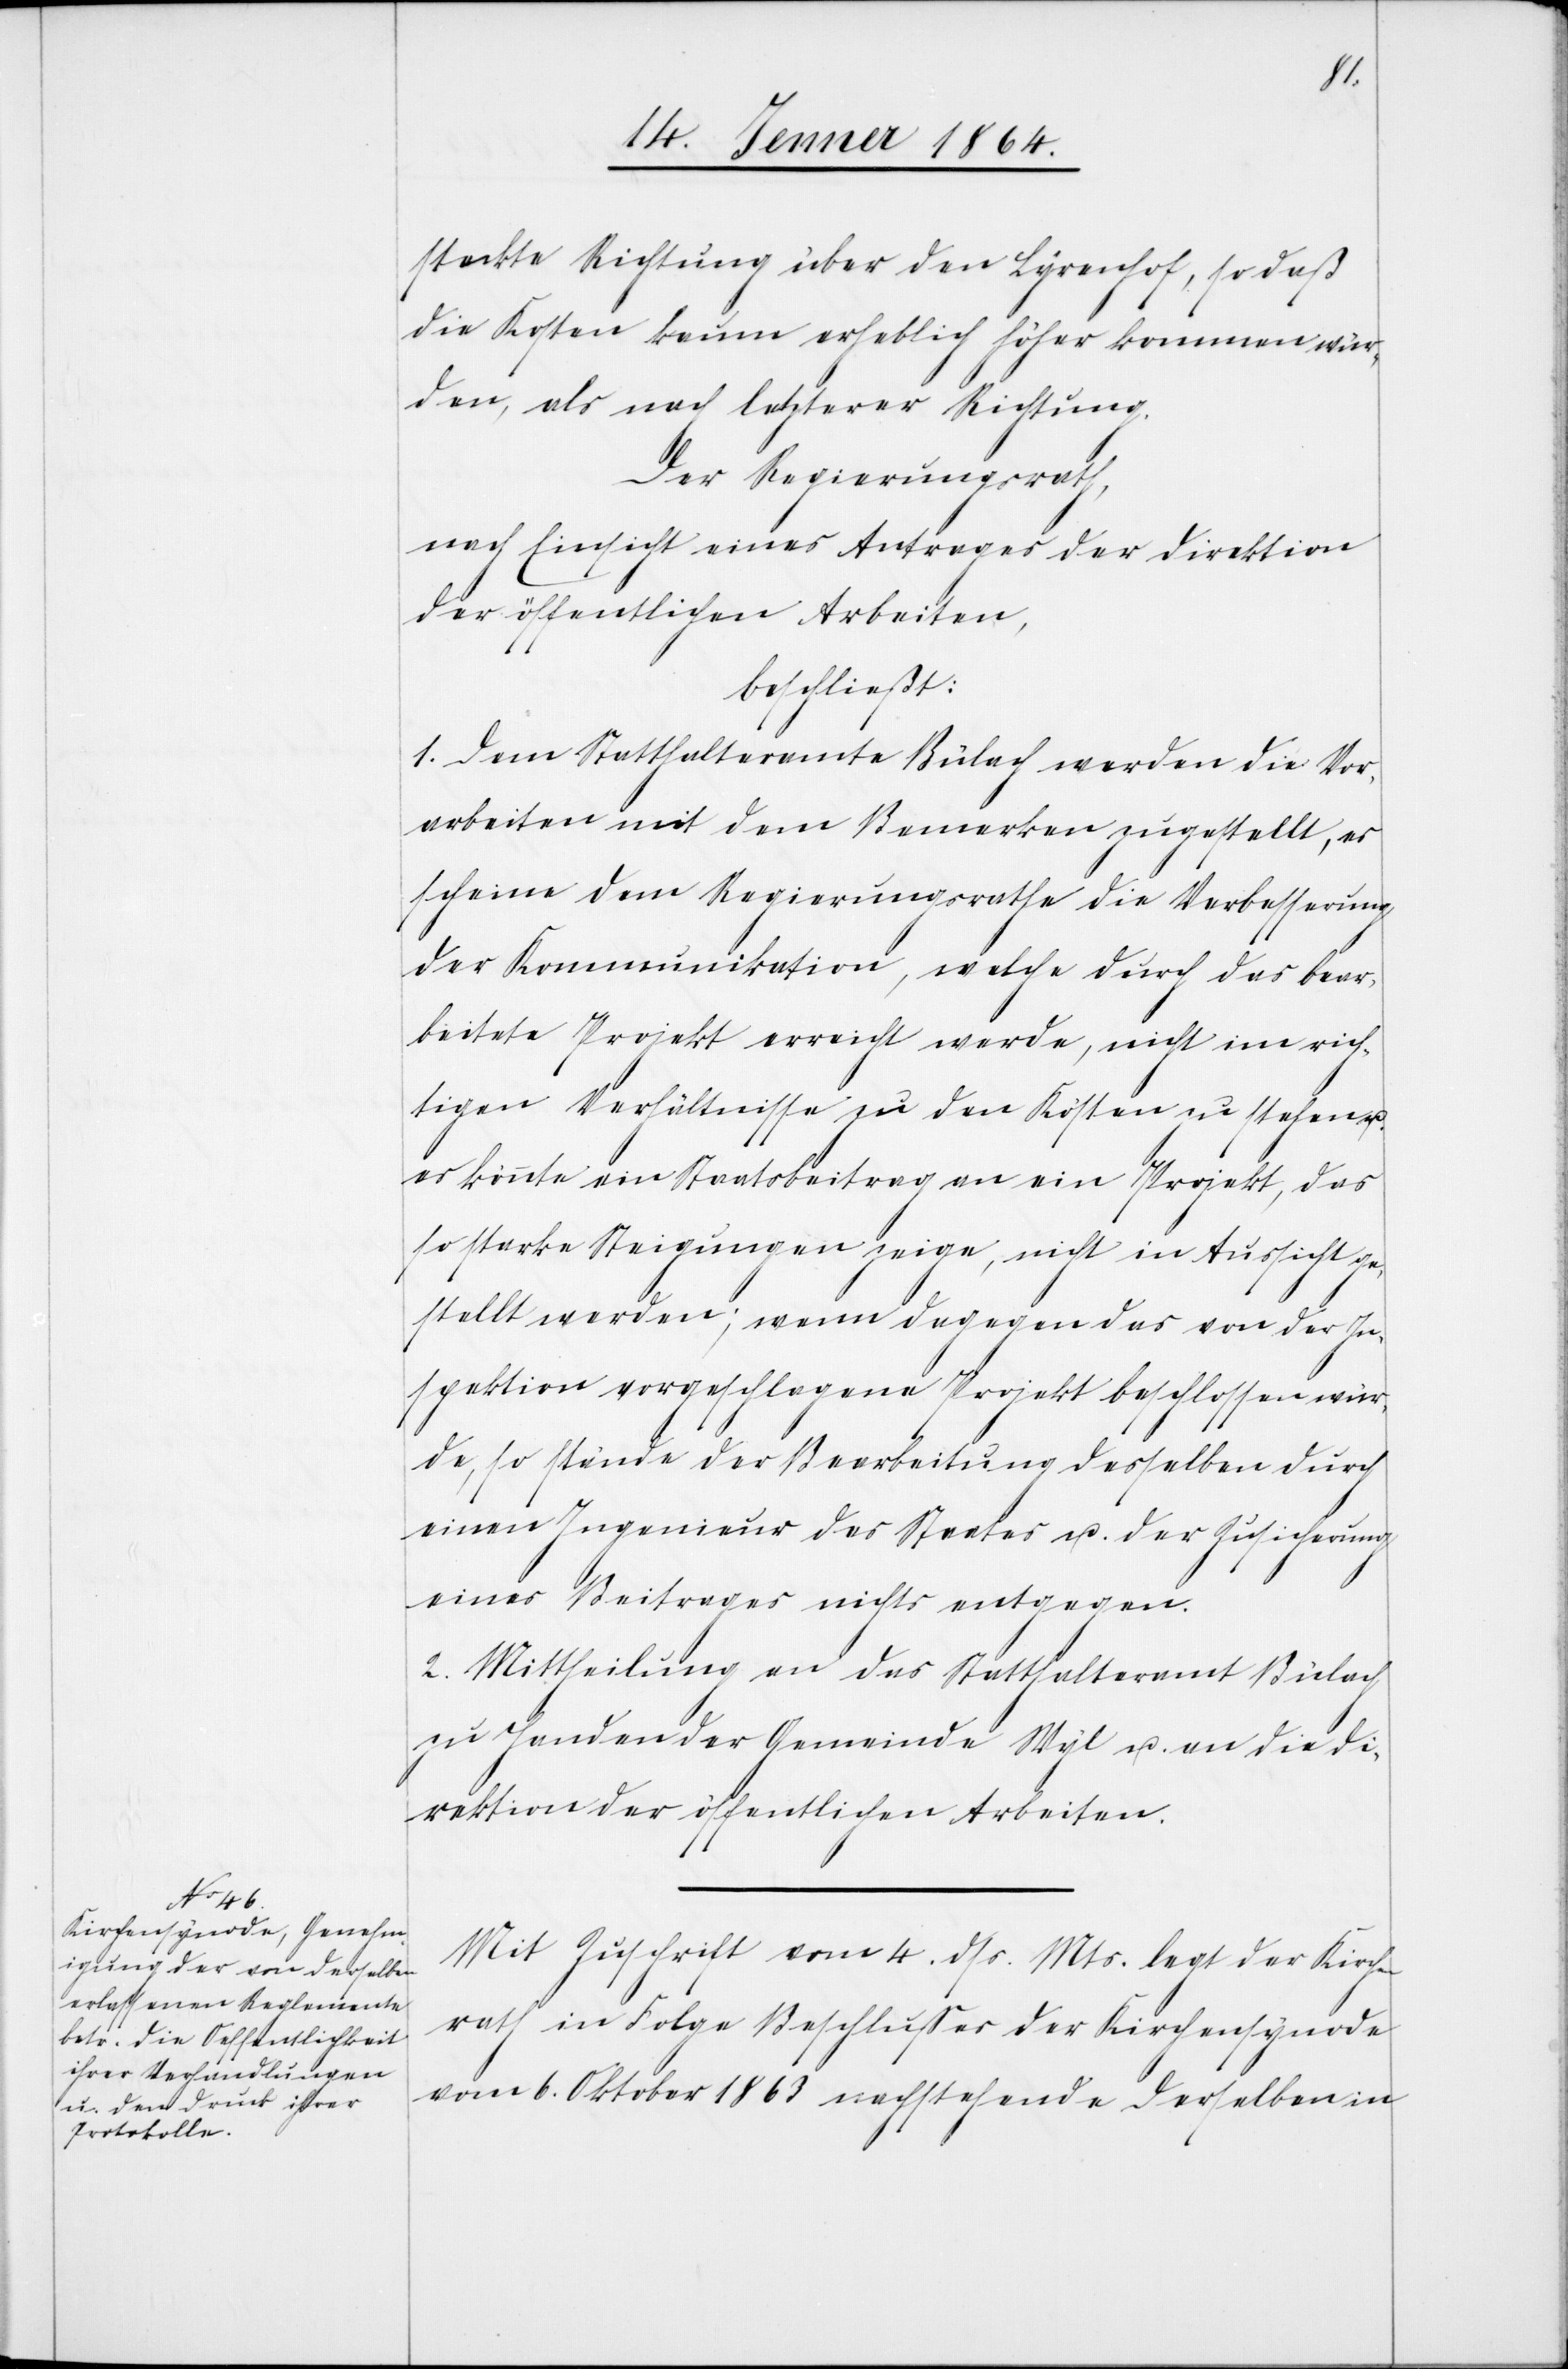
steckte Richtung über den Lyrenhof, so daß
die Kosten kaum erheblich höher kommen wür¬
den, als nach letzterer Richtung.
Der Regierungsrath,
nach Einsicht eines Antrages der Direktion
der öffentlichen Arbeiten,
beschließt:
1. Dem Statthalteramte Bülach werden die Vor¬
arbeiten mit dem Bemerken zugestellt, es
scheine dem Regierungsrathe die Verbesserung
der Kommunikation, welche durch das bear¬
beitete Projekt erreicht werde, nicht im rich¬
tigen Verhältnisse zu den Kosten zu stehen
u.
es könnte ein Staatsbeitrag an ein Projekt, das
so starke Steigungen zeige, nicht in Aussicht ge¬
stellt werden; wenn dagegen das von der In¬
spektion vorgeschlagene Projekt beschlossen wür¬
de, so stände der Bearbeitung desselben durch
einen Ingenieur des Staates u. der Zusicherung
eines Beitrages nichts entgegen.
2. Mittheilung an das Statthalteramt Bülach
zu Handen der Gemeinde Wyl u. an die Di¬
rektion der öffentlichen Arbeiten.
Mit Zuschrift vom 4. dss. Mts. legt der Kirchen¬
rath in Folge Beschlusses der Kirchensynode
vom 6. Oktober 1863 nachstehende derselben in